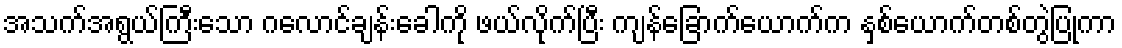
အသက်အရွယ်ကြီးသော ဂလောင်ချန်းခေါကို ဖယ်လိုက်ပြီး ကျန်ခြောက်ယောက်က နှစ်ယောက်တစ်တွဲပြုကာ